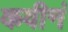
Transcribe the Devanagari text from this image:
कवीनं